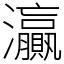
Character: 灜